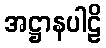
အဋ္ဌာနပါဠိ